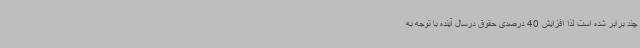
چند برابر شده است لذا افزایش 40 درصدی حقوق درسال آینده با توجه به